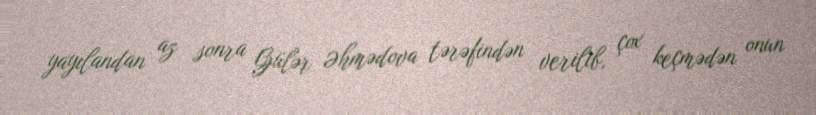
yayılandan az sonra Gülər Əhmədova tərəfindən verilib, çox keçmədən onun